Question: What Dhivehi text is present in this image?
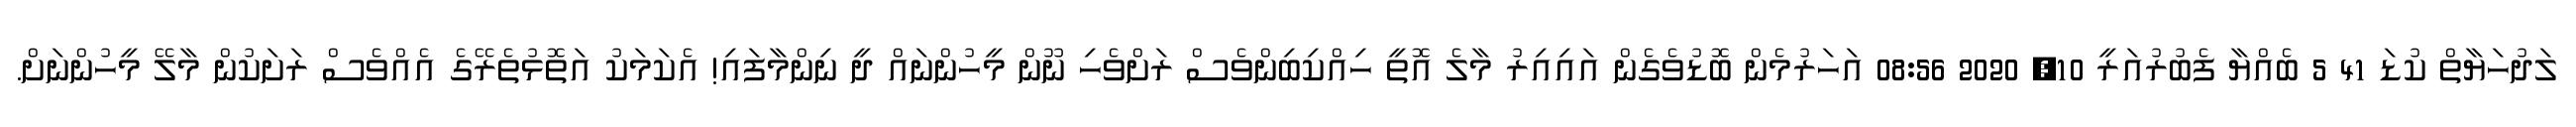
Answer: ލަދުހަޔާތް ކުޑަ 41 5 ބެއްޔާ ފެބުރުއަރީ 10, 2020 08:56 އަހަރުމެން ބޮޑުވެގެން އައިއިރު މާލެ އޮތީ ހިއްކިބިންވެސް ރަށްވެހި ނޫން މީހުންނައް ދީ ނިންމާފައި! އެކަމަކު އަތޮޅުތެރޭގެ އެއްވެސް ރަށަކުން މާލޭ މީހުންނަށް.